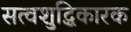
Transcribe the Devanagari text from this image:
सत्वशुद्धिकारक